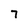
Character: 7